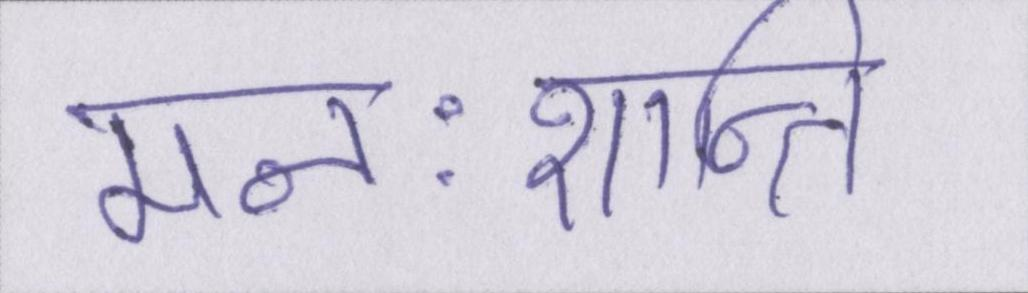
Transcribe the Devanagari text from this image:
मनःशान्ति